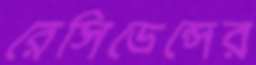
রেসিডেন্সের